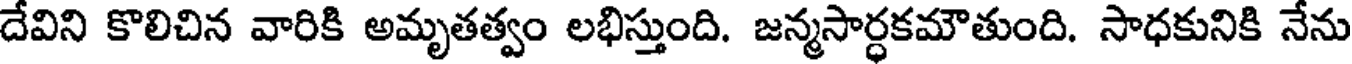
దేవిని కొలిచిన వారికి అమృతత్వం లభిస్తుంది. జన్మసార్ధకమౌతుంది. సాధకునికి నేను